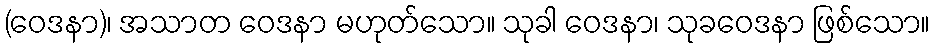
(ဝေဒနာ)၊ အသာတ ဝေဒနာ မဟုတ်သော။ သုခါ ဝေဒနာ၊ သုခဝေဒနာ ဖြစ်သော။